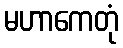
မဟာကေတုံ